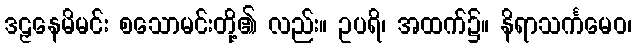
ဒဠှနေမိမင်း စသောမင်းတို့၏ လည်း။ ဥပရိ၊ အထက်၌။ နိရာသင်္ကမေဝ၊